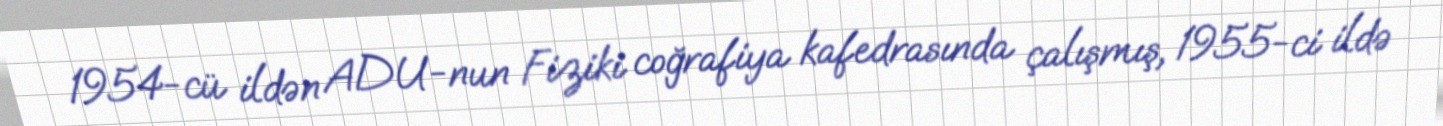
1954-cü ildən ADU-nun Fiziki coğrafiya kafedrasında çalışmış, 1955-ci ildə